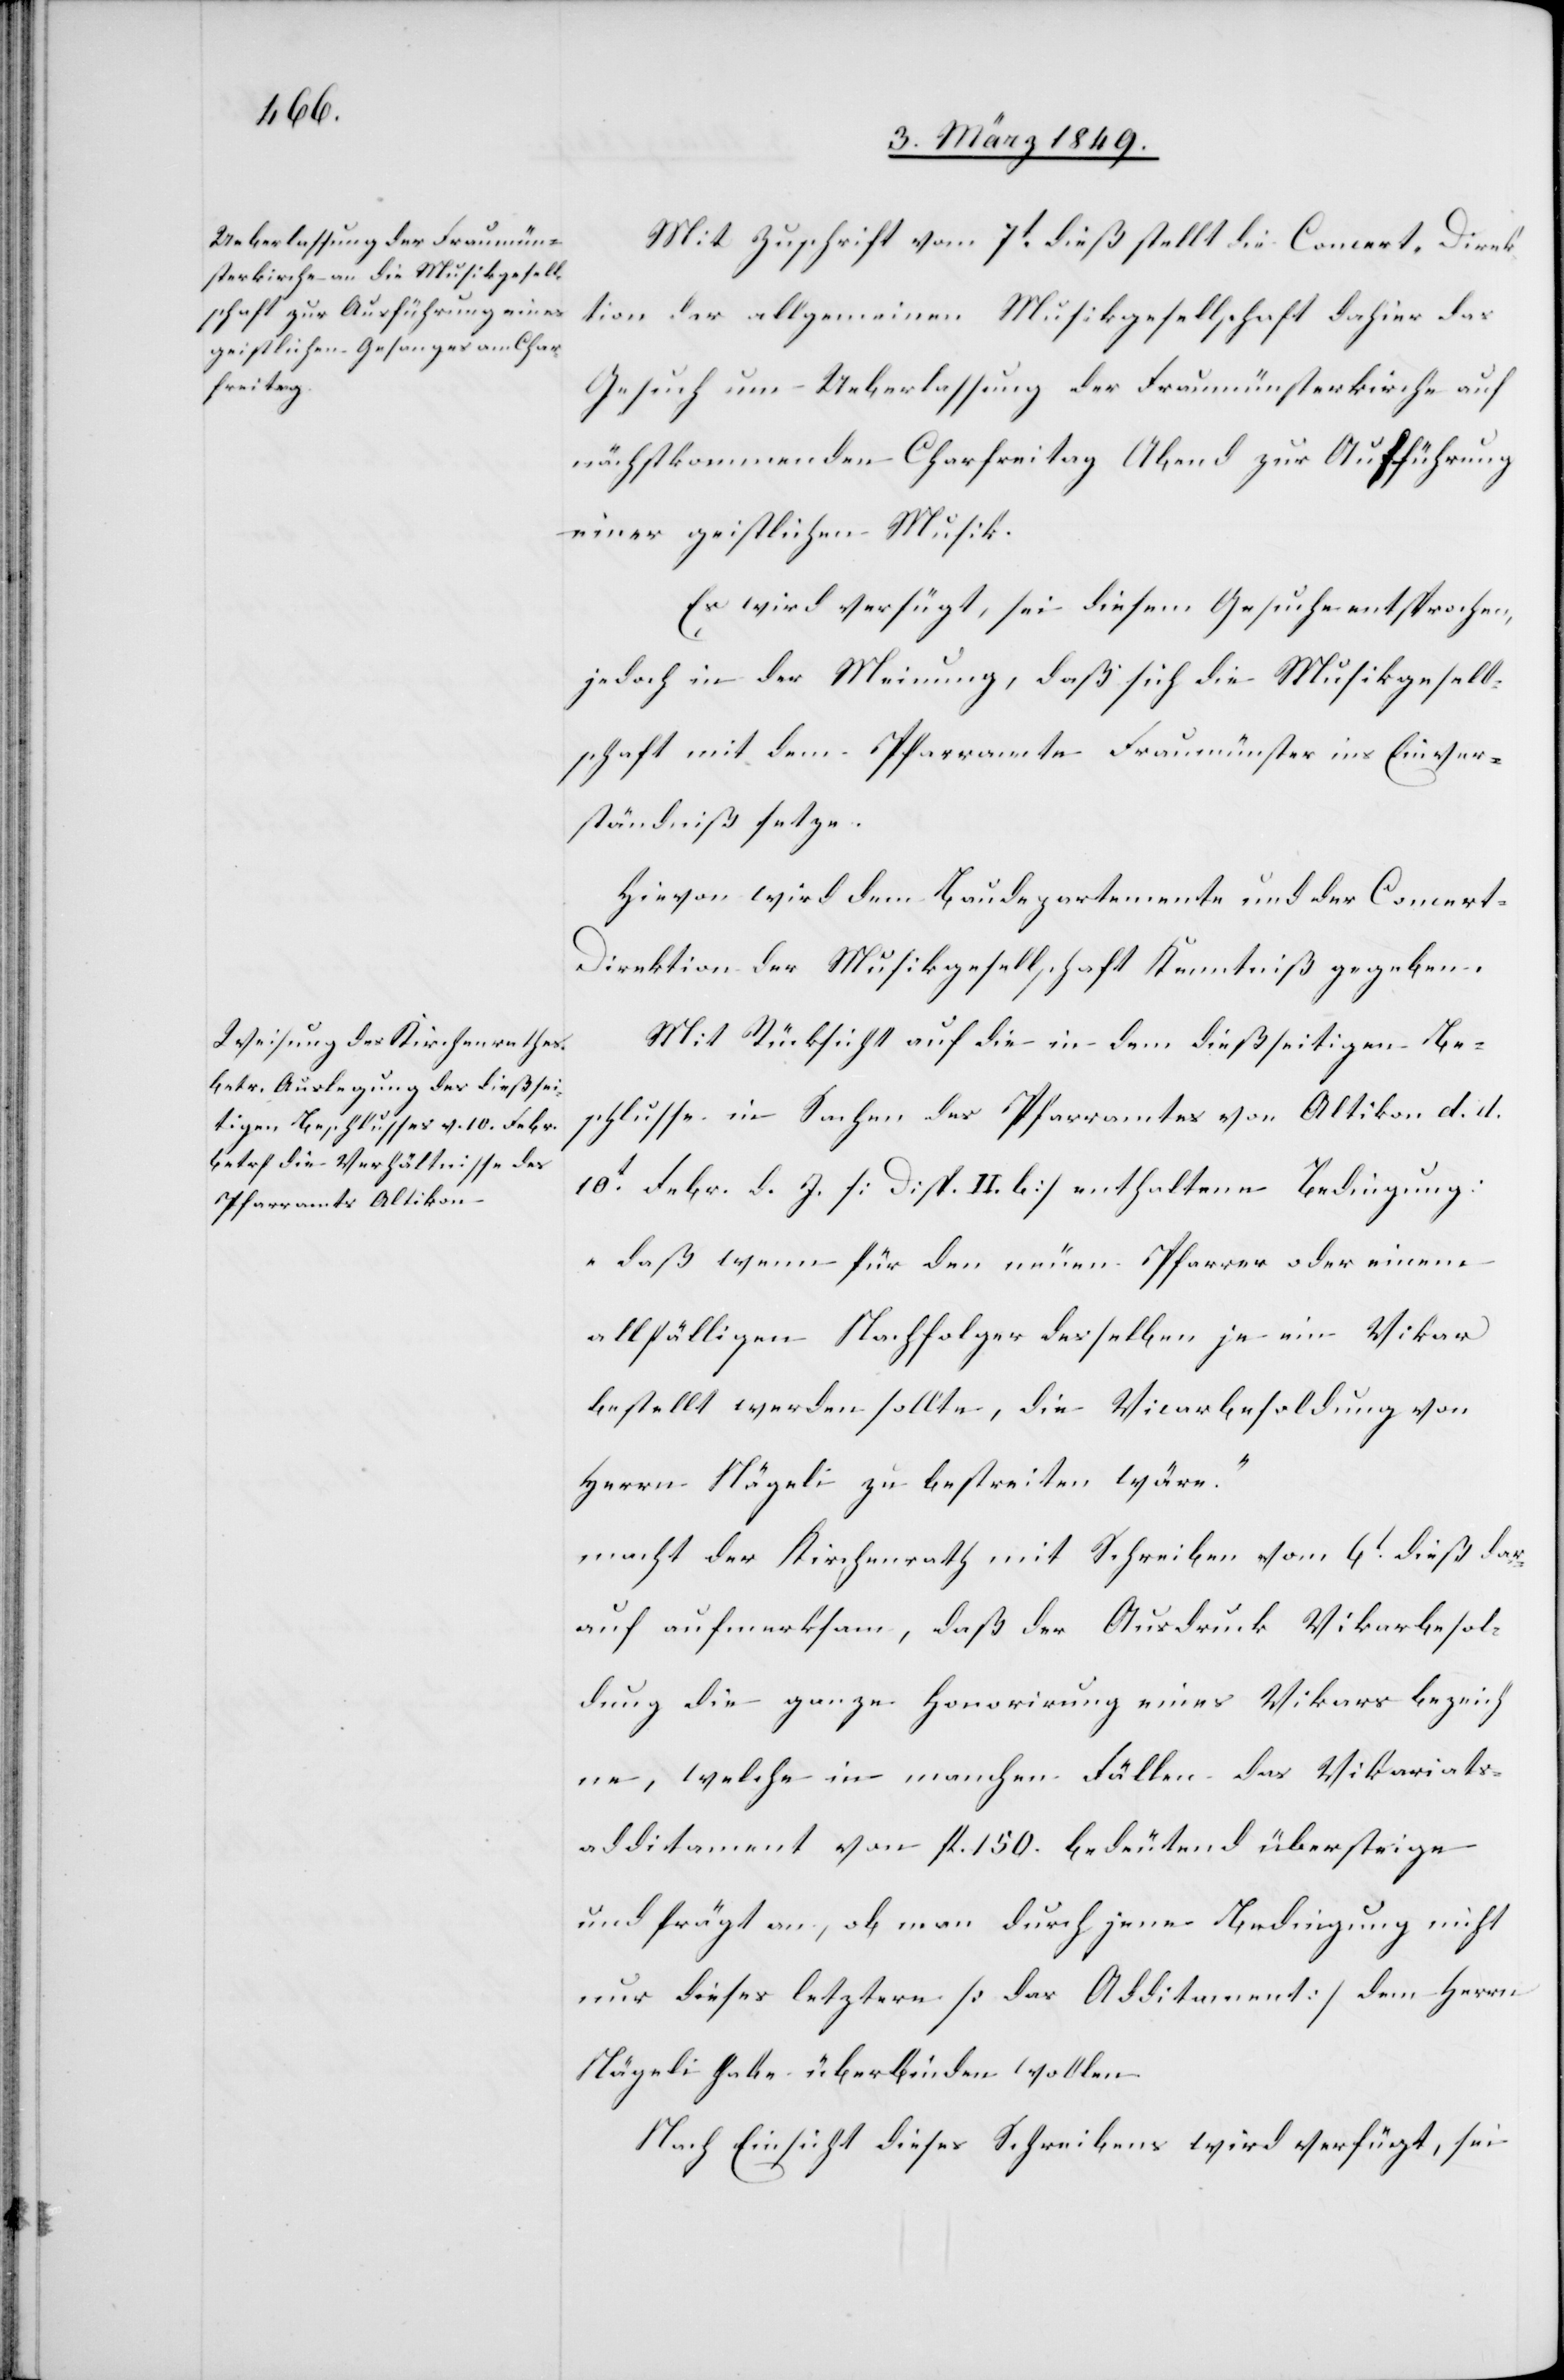
8. März 1849.]
Mit Zuschrift vom 7t. dieß stellt die Concert-Direk¬
tion der allgemeinen Musikgesellschaft dahier das
Gesuch um Ueberlassung der Fraumünsterkirche auf
nächstkommenden Charfreitag Abend zur Aufführung
einer geistlichen Musik.
Es wird verfügt, sei diesem Gesuche entsprochen,
jedoch in der Meinung, daß sich die Musikgesell¬
schaft mit dem Pfarramte Fraumünster ins Einver¬
ständniß setze.
Hievon wird dem Baudepartemente und der Concer¬
t-Direktion der Musikgesellschaft Kenntniß gegeben.
Mit Rücksicht auf die in dem dießseitigen Be¬
schlusse in Sachen des Pfarramtes von Altikon d. d.
10t. Febr. d. J. [Disp. II. b] enthaltene Bedingung:
„daß wenn für den neuen Pfarrer oder einem
allfälligen Nachfolger desselben je ein Vikar
bestellt werden sollte, die Vicarbesoldung von
Herrn Nägeli zu bestreiten wäre.“
macht der Kirchenrath mit Schreiben vom 6t. dieß dar¬
auf aufmerksam, daß der Ausdruck Vikarbesol¬
dung die ganze Honorirung eines Vikars bezeich¬
ne, welche in manchen Fällen das Vikariats¬
additament von fl. 150. bedeutend übersteige
und frägt an, ob man durch jene Bedingung nicht
nur dieses letztere [das Additament] dem Herrn
Nägei habe überbinden wollen.
Nach Einsicht dieses Schreibens wird verfügt, sei